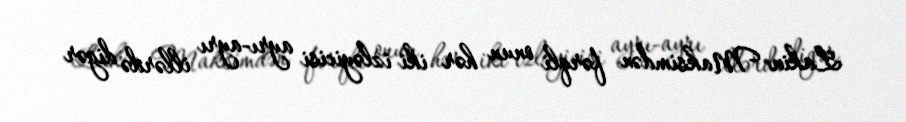
Lakin Maksimdən fərqli onun hər iki izləyicisi ayrı-ayrı illərdə digər